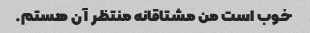
خوب است من مشتاقانه منتظر آن هستم.